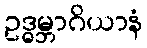
ဥဒ္ဓမ္ဘာဂိယာနံ